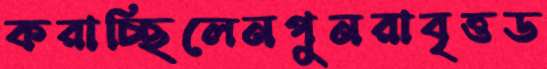
করাচ্ছিলেনপুনরাবৃত্তড